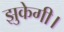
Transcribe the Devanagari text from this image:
झुकेगी।